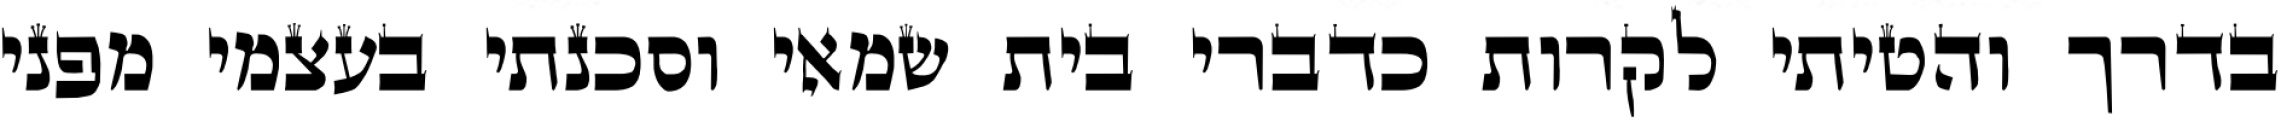
בדרך והטיתי לקרות כדברי בית שמאי וסכנתי בעצמי מפני